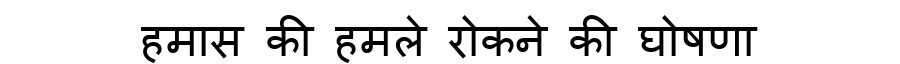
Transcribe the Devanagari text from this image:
हमास की हमले रोकने की घोषणा